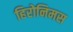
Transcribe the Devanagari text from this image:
हिरोनिमस